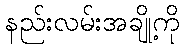
နည်းလမ်းအချို့ကို